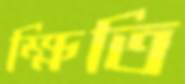
ক্ষিতি